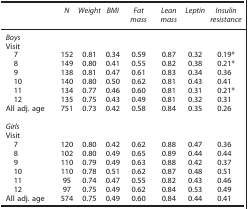
<table><thead><tr><td><b> </b></td><td><b><i>N</i></b></td><td><b><i>Weight</i></b></td><td><b><i>BMI</i></b></td><td><b><i>Fat mass</i></b></td><td><b><i>Lean mass</i></b></td><td><b><i>Leptin</i></b></td><td><b><i>Insulin resistance</i></b></td></tr></thead><tbody><tr><td colspan="8"><i>Boys</i></td></tr><tr><td colspan="8">Visit</td></tr><tr><td> 7</td><td>152</td><td>0.81</td><td>0.34</td><td>0.59</td><td>0.87</td><td>0.32</td><td>0.19*</td></tr><tr><td> 8</td><td>149</td><td>0.80</td><td>0.41</td><td>0.55</td><td>0.82</td><td>0.38</td><td>0.21*</td></tr><tr><td> 9</td><td>138</td><td>0.81</td><td>0.47</td><td>0.61</td><td>0.83</td><td>0.34</td><td>0.36</td></tr><tr><td> 10</td><td>140</td><td>0.80</td><td>0.50</td><td>0.62</td><td>0.81</td><td>0.43</td><td>0.41</td></tr><tr><td> 11</td><td>134</td><td>0.77</td><td>0.46</td><td>0.60</td><td>0.81</td><td>0.31</td><td>0.21*</td></tr><tr><td> 12</td><td>135</td><td>0.75</td><td>0.43</td><td>0.49</td><td>0.81</td><td>0.32</td><td>0.31</td></tr><tr><td>All adj. age</td><td>751</td><td>0.73</td><td>0.42</td><td>0.58</td><td>0.84</td><td>0.35</td><td>0.26</td></tr><tr><td colspan="8"> </td></tr><tr><td colspan="8"><i>Girls</i></td></tr><tr><td colspan="8">Visit</td></tr><tr><td> 7</td><td>120</td><td>0.80</td><td>0.42</td><td>0.62</td><td>0.88</td><td>0.47</td><td>0.36</td></tr><tr><td> 8</td><td>102</td><td>0.80</td><td>0.49</td><td>0.65</td><td>0.89</td><td>0.44</td><td>0.44</td></tr><tr><td> 9</td><td>110</td><td>0.79</td><td>0.49</td><td>0.63</td><td>0.88</td><td>0.42</td><td>0.37</td></tr><tr><td> 10</td><td>110</td><td>0.78</td><td>0.51</td><td>0.62</td><td>0.87</td><td>0.48</td><td>0.51</td></tr><tr><td> 11</td><td>95</td><td>0.74</td><td>0.47</td><td>0.55</td><td>0.82</td><td>0.43</td><td>0.46</td></tr><tr><td> 12</td><td>97</td><td>0.75</td><td>0.49</td><td>0.62</td><td>0.84</td><td>0.53</td><td>0.49</td></tr><tr><td>All adj. age</td><td>574</td><td>0.75</td><td>0.49</td><td>0.60</td><td>0.84</td><td>0.44</td><td>0.41</td></tr></tbody></table>